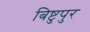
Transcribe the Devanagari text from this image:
बिष्टुपुर